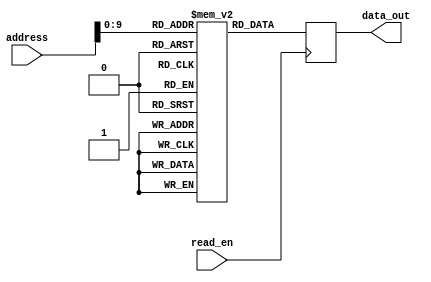
module Flash_ROM(
    input [31:0] address,
    input read_en,
    output reg [7:0] data_out
);

reg [7:0] memory[0:1023];

always @ (posedge read_en)
begin
    data_out <= memory[address];
end

endmodule